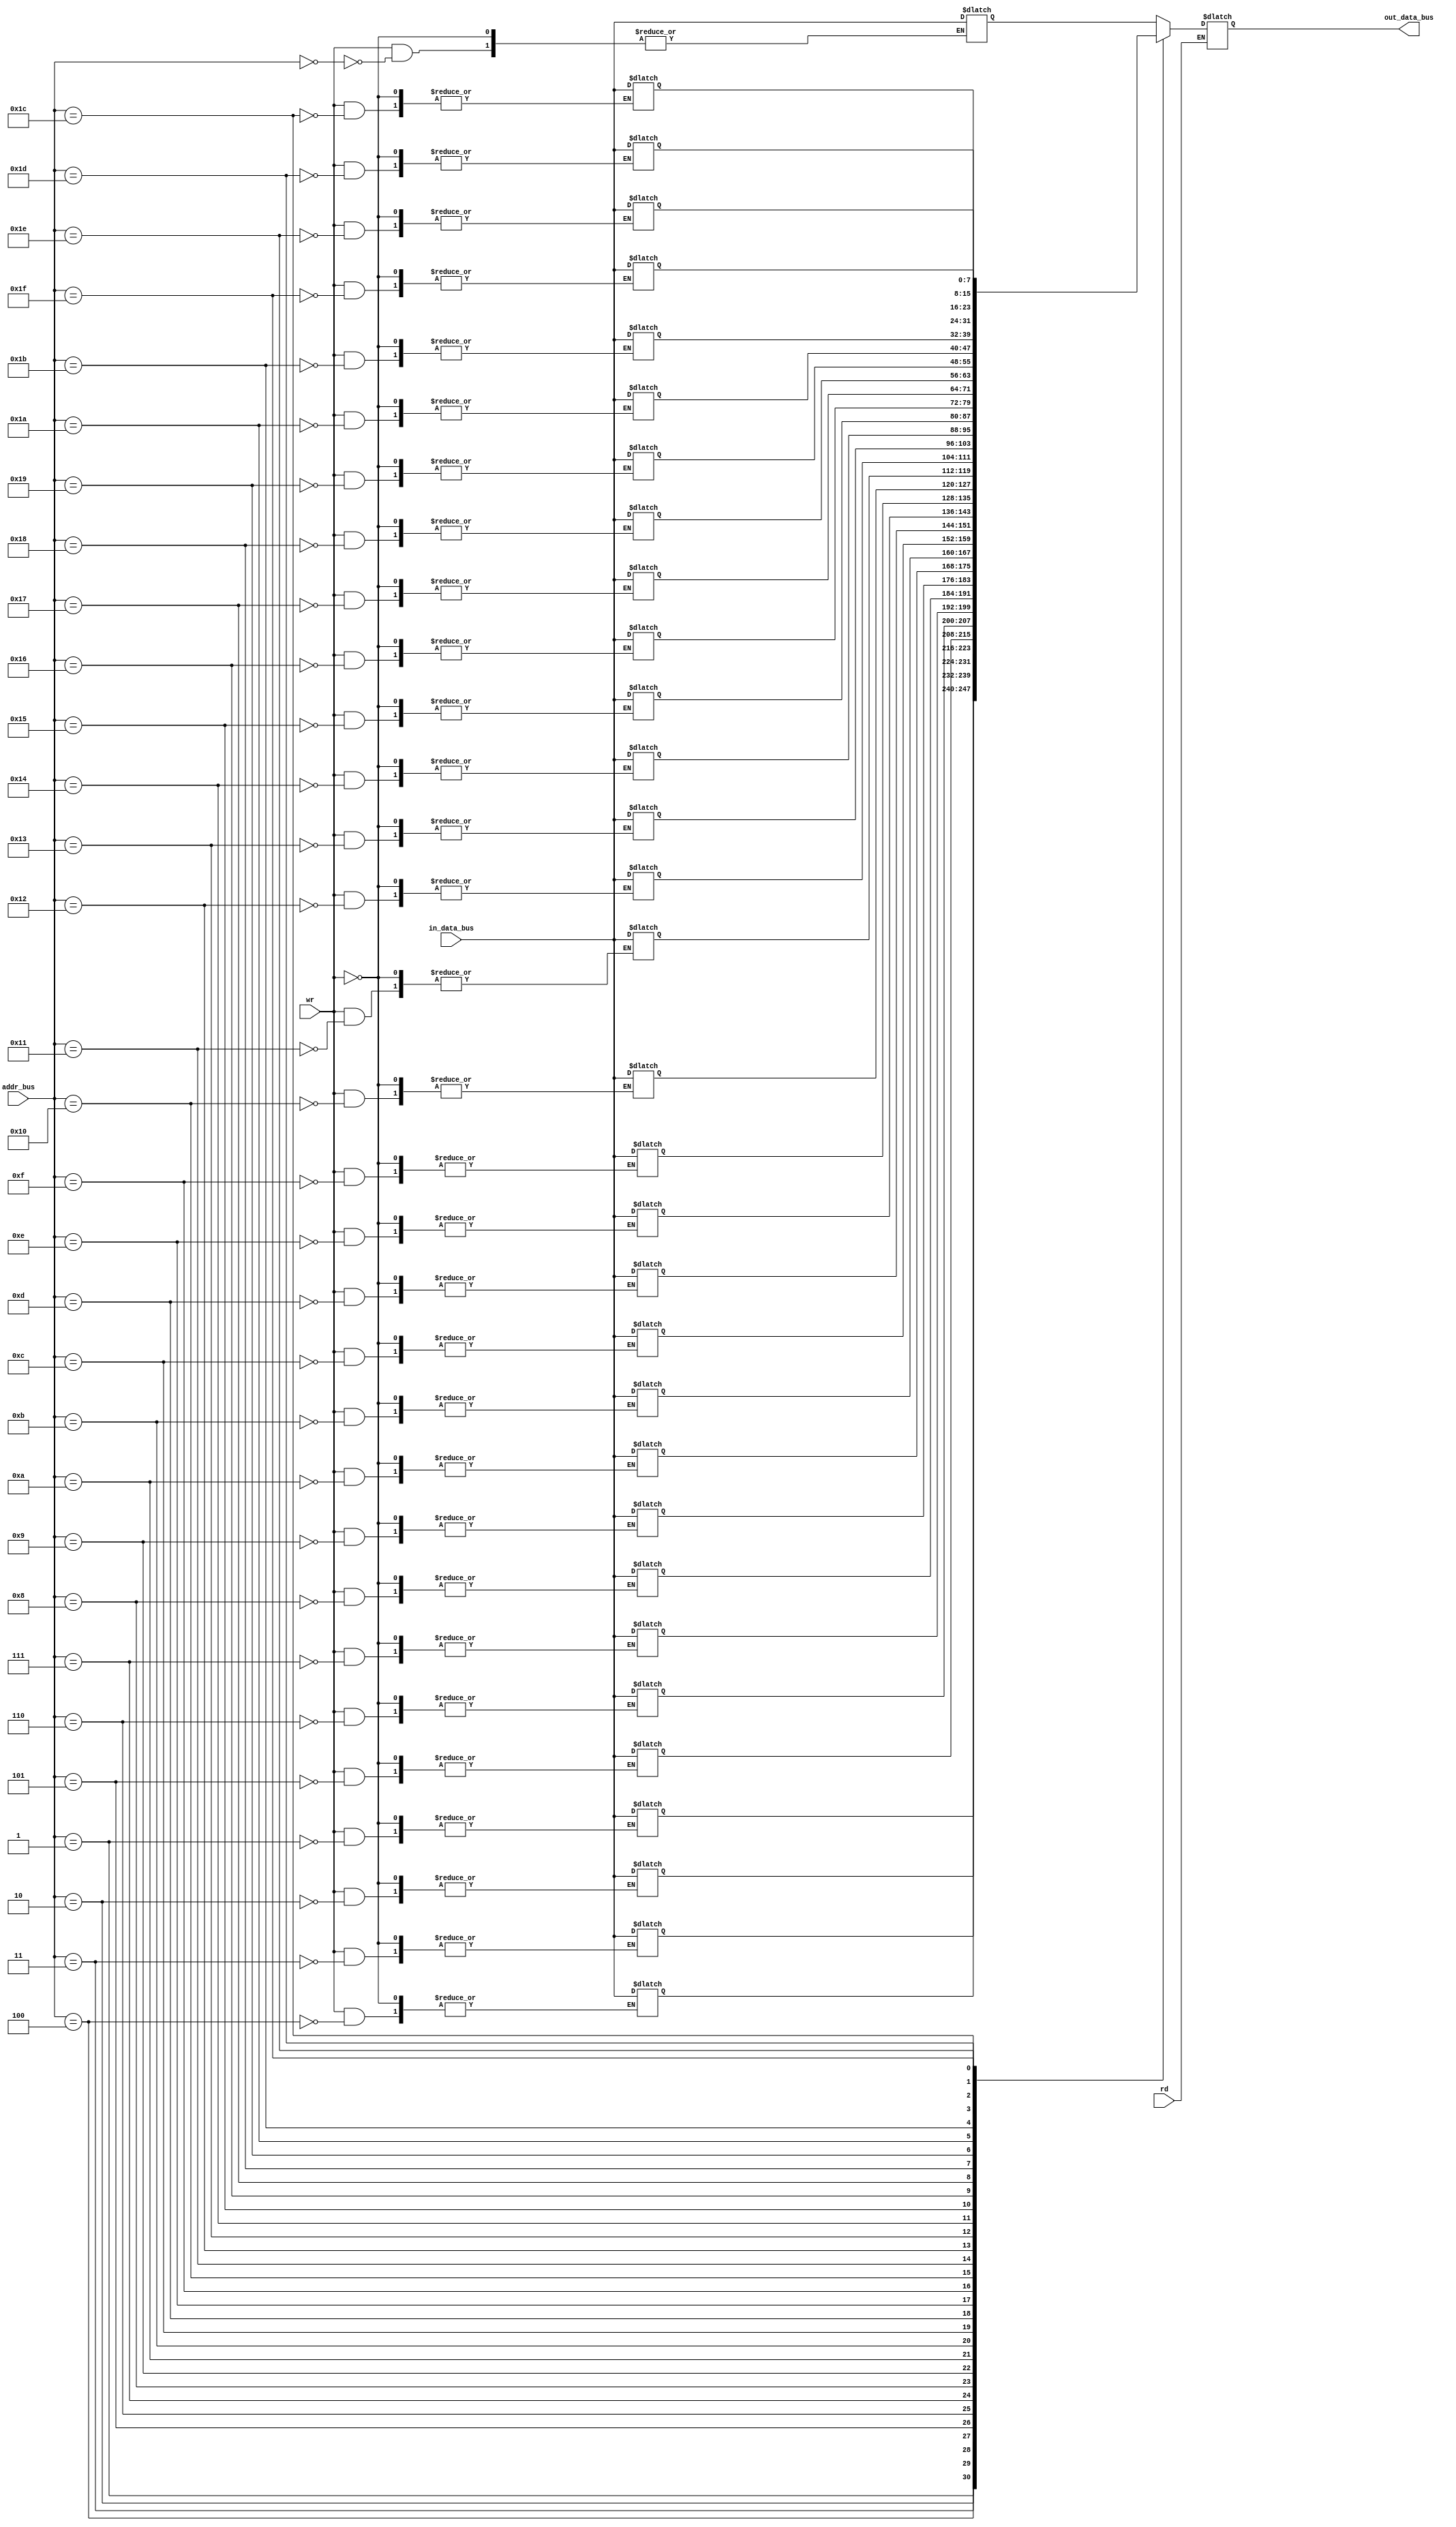
module data_memory(rd,wr,addr_bus,in_data_bus,out_data_bus);
	input rd,wr;
	input [4:0]addr_bus;
	input [7:0]in_data_bus;
	output reg[7:0]out_data_bus;
	
	reg [7:0]mem_arr[31:0];
	
	always@(rd,addr_bus)begin
		if(rd)begin
			out_data_bus<=mem_arr[addr_bus];
		end
	end
	
	always@(wr,in_data_bus)begin
		if(wr)begin
			mem_arr[addr_bus]<=in_data_bus;
		end
	
	end

 initial begin mem_arr[0] = 8'h08; mem_arr[1] = 8'h02; mem_arr[2] = 8'h01;  end

endmodule